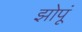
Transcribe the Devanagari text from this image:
झोपूं